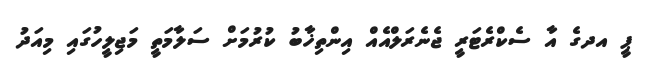
ޕީ އދގެ އާ ސެކްރެޓަރީ ޖެނެރަލްއެއް އިންތިޚާބު ކުރުމަށް ސަލާމަތީ މަޖިލީހުގައި މިއަދު